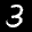
Label: 3